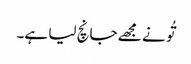
تُو نے مجھے جانچ لیا ہے۔